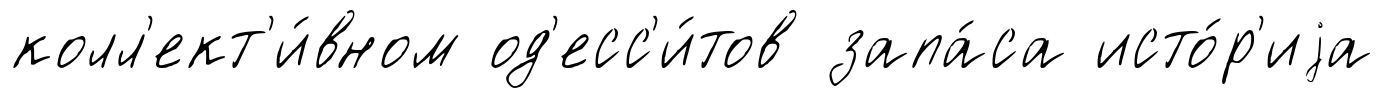
колл'ект'и́вном од'есс'и́тов запа́са исто́р'иjа